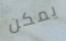
يمكن